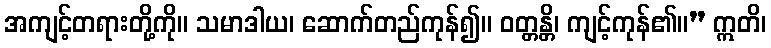
အကျင့်တရားတို့ကို။ သမာဒါယ၊ ဆောက်တည်ကုန်၍။ ဝတ္တန္တိ၊ ကျင့်ကုန်၏။” ဣတိ၊